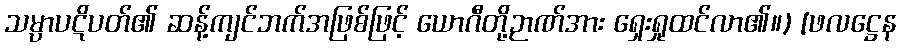
သမ္ပာပဋိပတ်၏ ဆန့်ကျင်ဘက်အဖြစ်ဖြင့် ယောဂီတို့ဉာဏ်အား ရှေးရှုထင်လာ၏။) [ဖလဋ္ဌေန